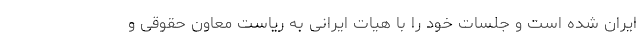
ایران شده است و جلسات خود را با هیات ایرانی به ریاست معاون حقوقی و